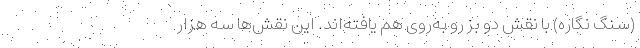
(سنگ نگاره) با نقش دو بز رو به‌روی هم یافته‌اند. این نقش‌ها سه هزار